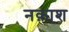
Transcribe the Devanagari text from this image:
नक़ाश